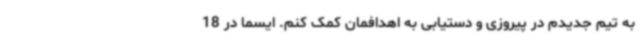
به تیم جدیدم در پیروزی و دستیابی به اهدافمان کمک کنم. ایسما در 18